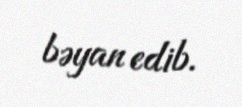
bəyan edib.